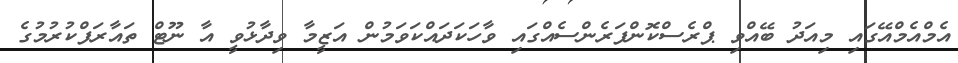
އެމްއެމްއޭގައި މިއަދު ބޭއްވި ޕްރެސްކޮންފަރެންސެއްގައި ވާހަކަދައްކަވަމުން އަޒީމާ ވިދާޅުވީ އާ ނޫޓް ތައާރަފްކުރުމުގެ